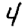
Digit: 4